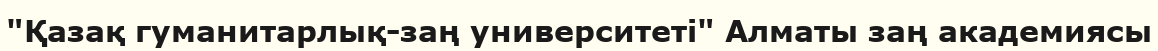
"Қазақ гуманитарлық-заң университеті" Алматы заң академиясы